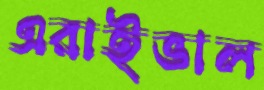
এরাইভাল